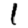
Digit: 1